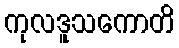
ကုလဒူသကောတိ